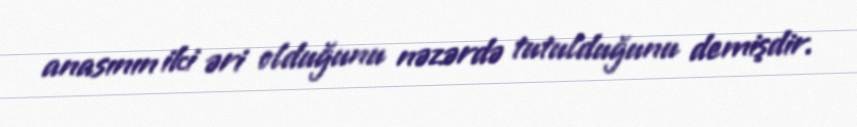
anasının iki əri olduğunu nəzərdə tutulduğunu demişdir.